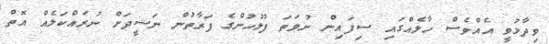
ވިދާޅުވީ އެއްވެސް ހާލެއްގައި ސިފައިން ނުވަތަ ފުލުހުންގެ ފަރާތުން ނަޝީދަށް ނުރައްކަލެއް އޮތް